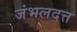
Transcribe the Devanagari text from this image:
जंभलदत्त